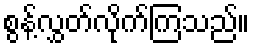
စွန့်လွှတ်လိုက်ကြသည်။